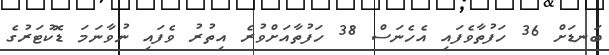
ބަނޑަށް 36 ހަފުތާވެފައި އެހެނަސް 38 ހަފުތާއަށްވުރެ އިތުރު ވެފައި ނުވާނަމަ ޑޮކުޓަރުގެ